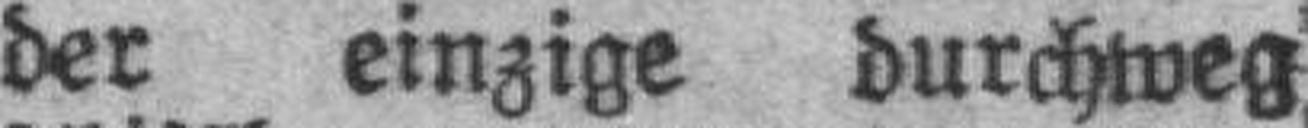
der einzige durchweg